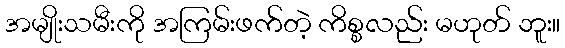
အမျိုးသမီးကို အကြမ်းဖက်တဲ့ ကိစ္စလည်း မဟုတ် ဘူး။